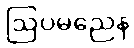
ဩပမညေန